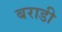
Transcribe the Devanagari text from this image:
बराडी